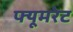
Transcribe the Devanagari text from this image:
फ्यूमरेट